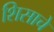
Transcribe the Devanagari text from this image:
शिसाचे